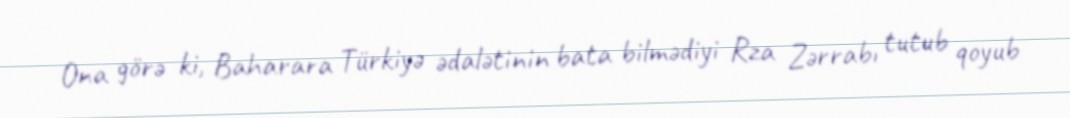
Ona görə ki, Baharara Türkiyə ədalətinin bata bilmədiyi Rza Zərrabı tutub qoyub